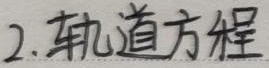
2. 轨道方程